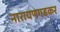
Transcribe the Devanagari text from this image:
नारायणगडकर